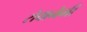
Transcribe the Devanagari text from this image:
रोवानेमी